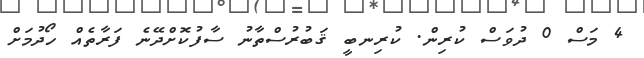
4 މަސް 0 ދުވަސް ކުރިން. ކުރިނބީ ޤަބުރުސްތާނު ސާފުކޮށްދޭނެ ފަރާތެއް ހޯދުމަށް